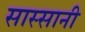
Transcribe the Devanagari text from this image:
सास्सानी